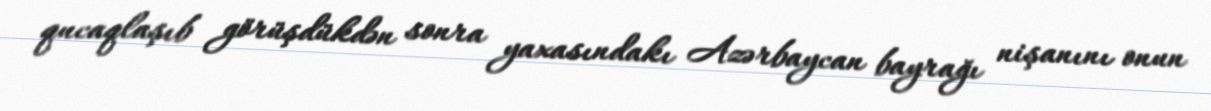
qucaqlaşıb görüşdükdən sonra yaxasındakı Azərbaycan bayrağı nişanını onun